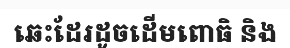
ឆេះដែរដូចដើមពោធិ និង